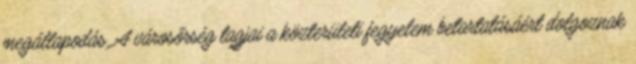
megállapodás. A városőrség tagjai a közterületi fegyelem betartatásáért dolgoznak